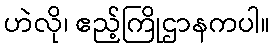
ဟဲလို၊ ဧည့်ကြိုဌာနကပါ။